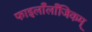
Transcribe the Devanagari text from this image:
फाइलाँलाँजिकम्